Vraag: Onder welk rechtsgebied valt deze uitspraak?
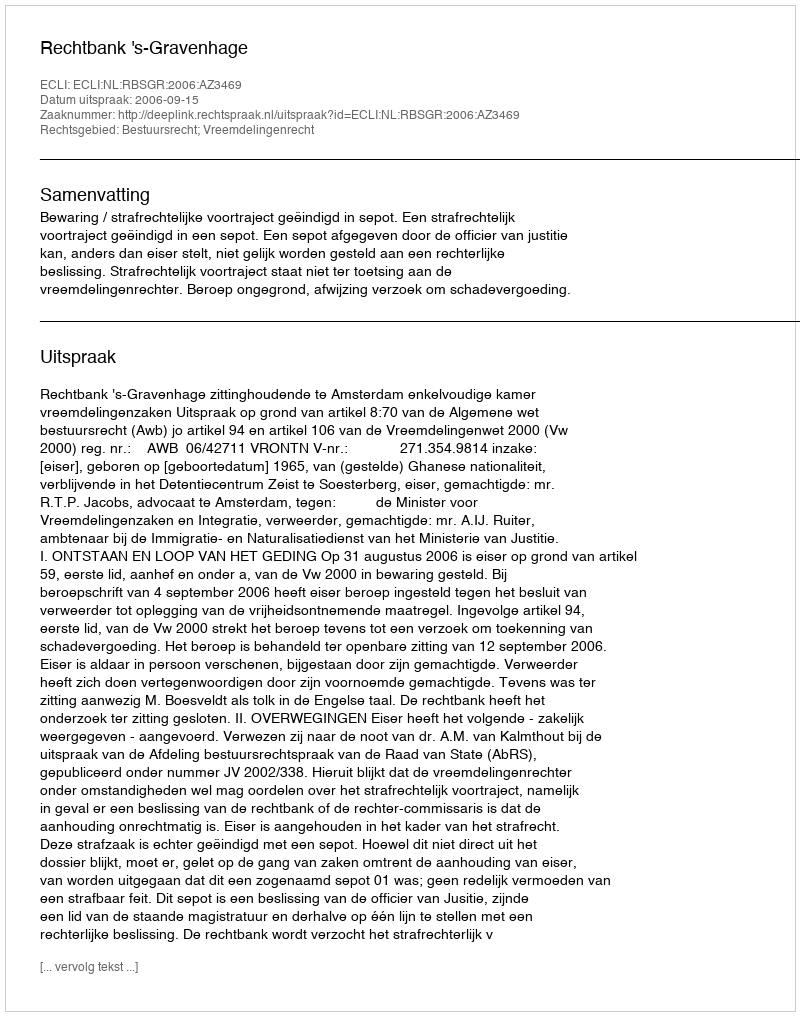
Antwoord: Bestuursrecht; Vreemdelingenrecht